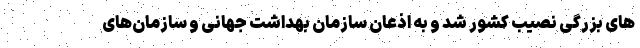
های بزرگی نصیب کشور شد و به اذعان سازمان بهداشت جهانی و سازمان‌های